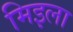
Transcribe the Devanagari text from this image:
मिइला